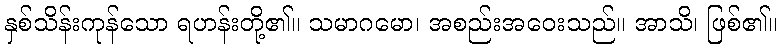
နှစ်သိန်းကုန်သော ရဟန်းတို့၏။ သမာဂမော၊ အစည်းအဝေးသည်။ အာသိ၊ ဖြစ်၏။